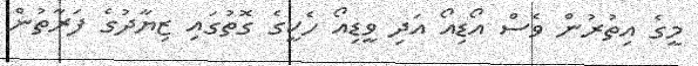
މީގެ އިތުރުން ވެސް އޯޑިއޯ އަދި ވީޑިއޯ ހެކީގެ ގޮތުގައި ޒިޔާދުގެ ފަރާތުން